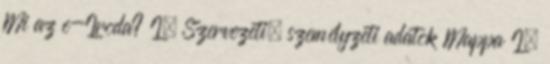
Mi az e-Iroda? I. Szervezeti, személyzeti adatok Mappa I.